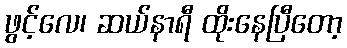
ဖွင့်လေ၊ ဆယ်နာရီ ထိုးနေပြီတော့